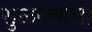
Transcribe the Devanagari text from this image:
सुळक्यांचा